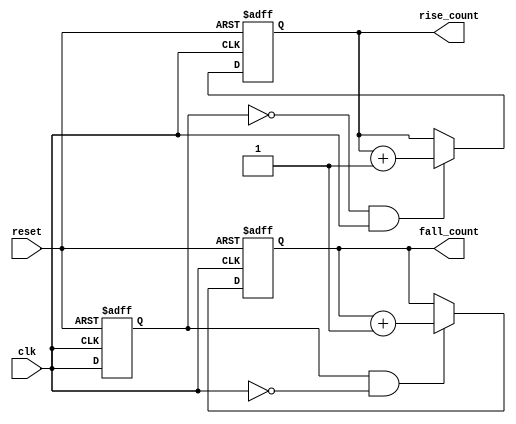
module edge_counter (
    input wire clk,          // Clock input
    input wire reset,        // Asynchronous reset
    output reg [31:0] rise_count, // Rising edge count
    output reg [31:0] fall_count  // Falling edge count
);

    reg clk_prev; // Register to hold the previous state of the clock

    // Asynchronous reset and edge detection logic
    always @(posedge clk or posedge reset) begin
        if (reset) begin
            // Reset both counts and previous clock state
            rise_count <= 32'b0;
            fall_count <= 32'b0;
            clk_prev <= 1'b0; // Reset previous clock state
        end else begin
            // Edge detection logic
            if (clk_prev == 1'b0 && clk == 1'b1) begin
                // Rising edge detected
                rise_count <= rise_count + 1;
            end
            if (clk_prev == 1'b1 && clk == 1'b0) begin
                // Falling edge detected
                fall_count <= fall_count + 1;
            end
            // Update previous clock state
            clk_prev <= clk;
        end
    end

endmodule